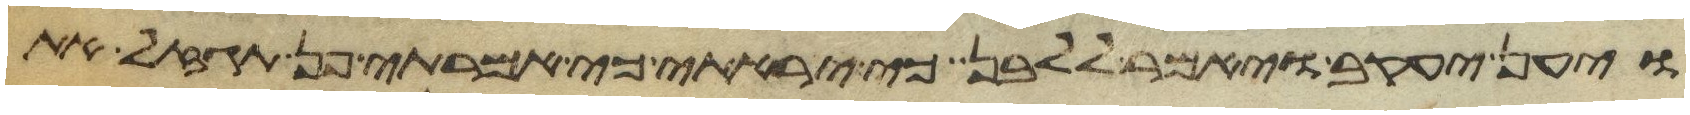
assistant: ויען יעקב ויאמר ללבן כי יראתי כי אמרתי פן תגזל את